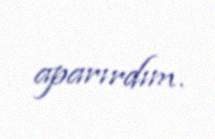
aparırdım.